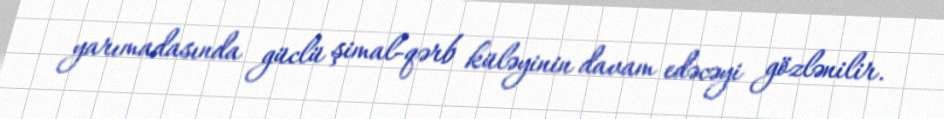
yarımadasında güclü şimal-qərb küləyinin davam edəcəyi gözlənilir.